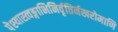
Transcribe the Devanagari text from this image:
पेश्यास्त्वङ्गाभिनिर्वृत्तिर्नखरोमाणि